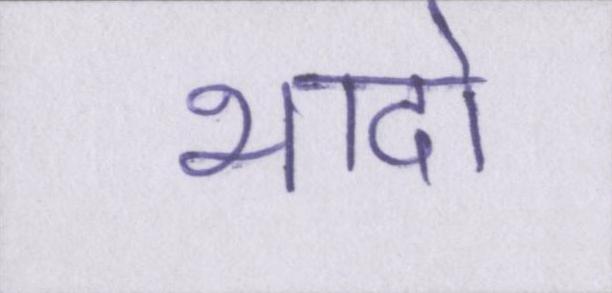
भादो